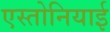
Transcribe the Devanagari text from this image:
एस्तोनियाई